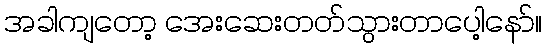
အခါကျတော့ အေးဆေးတတ်သွားတာပေါ့နော်။